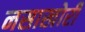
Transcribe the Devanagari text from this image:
नसाखोरी